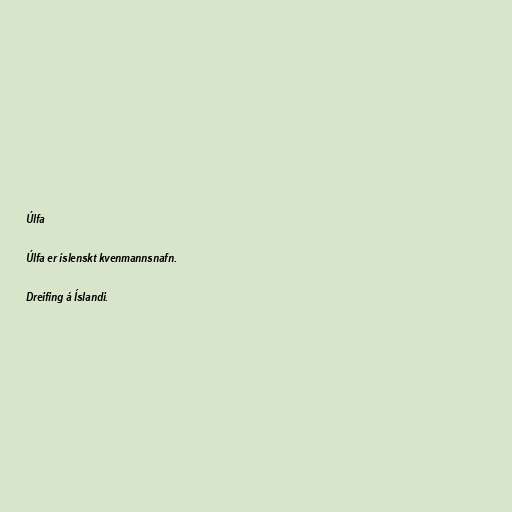
Úlfa

Úlfa er íslenskt kvenmannsnafn.

Dreifing á Íslandi.